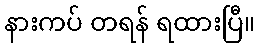
နားကပ် တရန် ရထားပြီ။